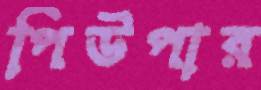
পিউপার